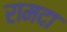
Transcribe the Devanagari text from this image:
रामदा